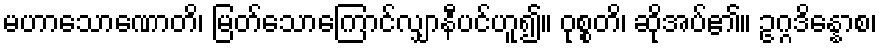
မဟာသောဏောတိ၊ မြတ်သောကြောင်လျှာနီပင်ဟူ၍။ ဝုစ္စတိ၊ ဆိုအပ်၏။ ဥဂ္ဂဒိန္နောစ၊